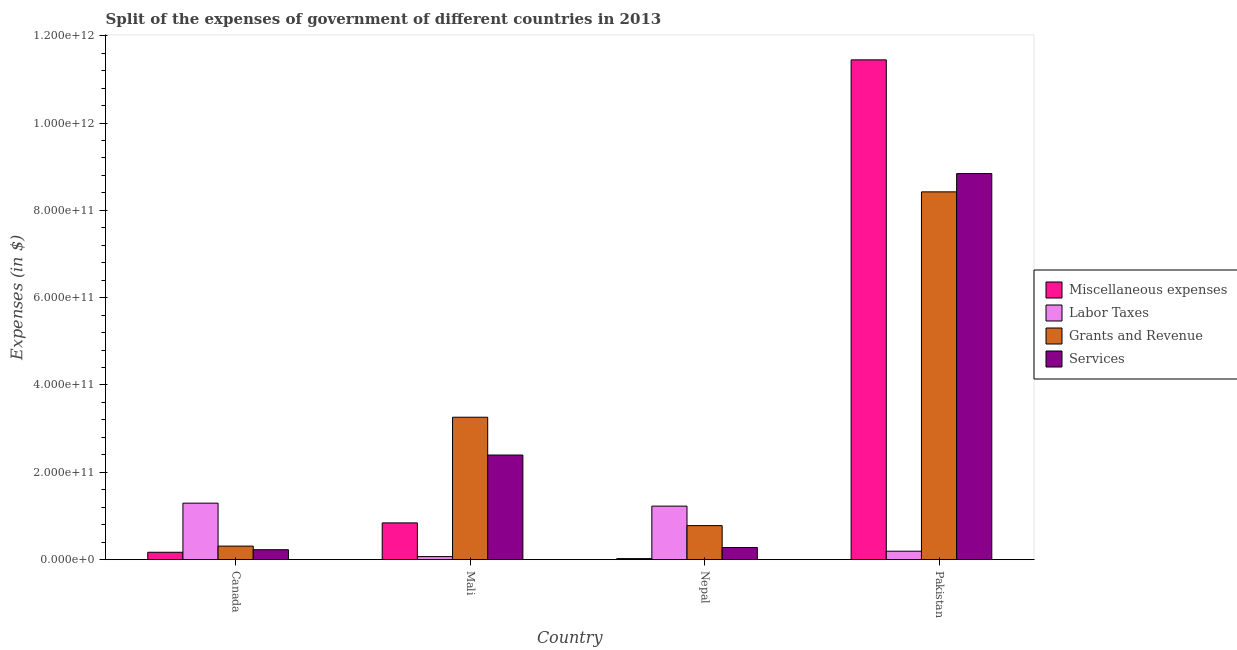
| Country | Miscellaneous expenses | Labor Taxes | Grants and Revenue | Services |
 | --- | --- | --- | --- | --- |
 | Canada | 1.69e+10 | 1.29e+11 | 3.1e+10 | 2.27e+10 |
 | Mali | 8.41e+10 | 6.92e+09 | 3.26e+11 | 2.4e+11 |
 | Nepal | 2.33e+09 | 1.23e+11 | 7.79e+10 | 2.78e+10 |
 | Pakistan | 1.14e+12 | 1.93e+10 | 8.42e+11 | 8.84e+11 |